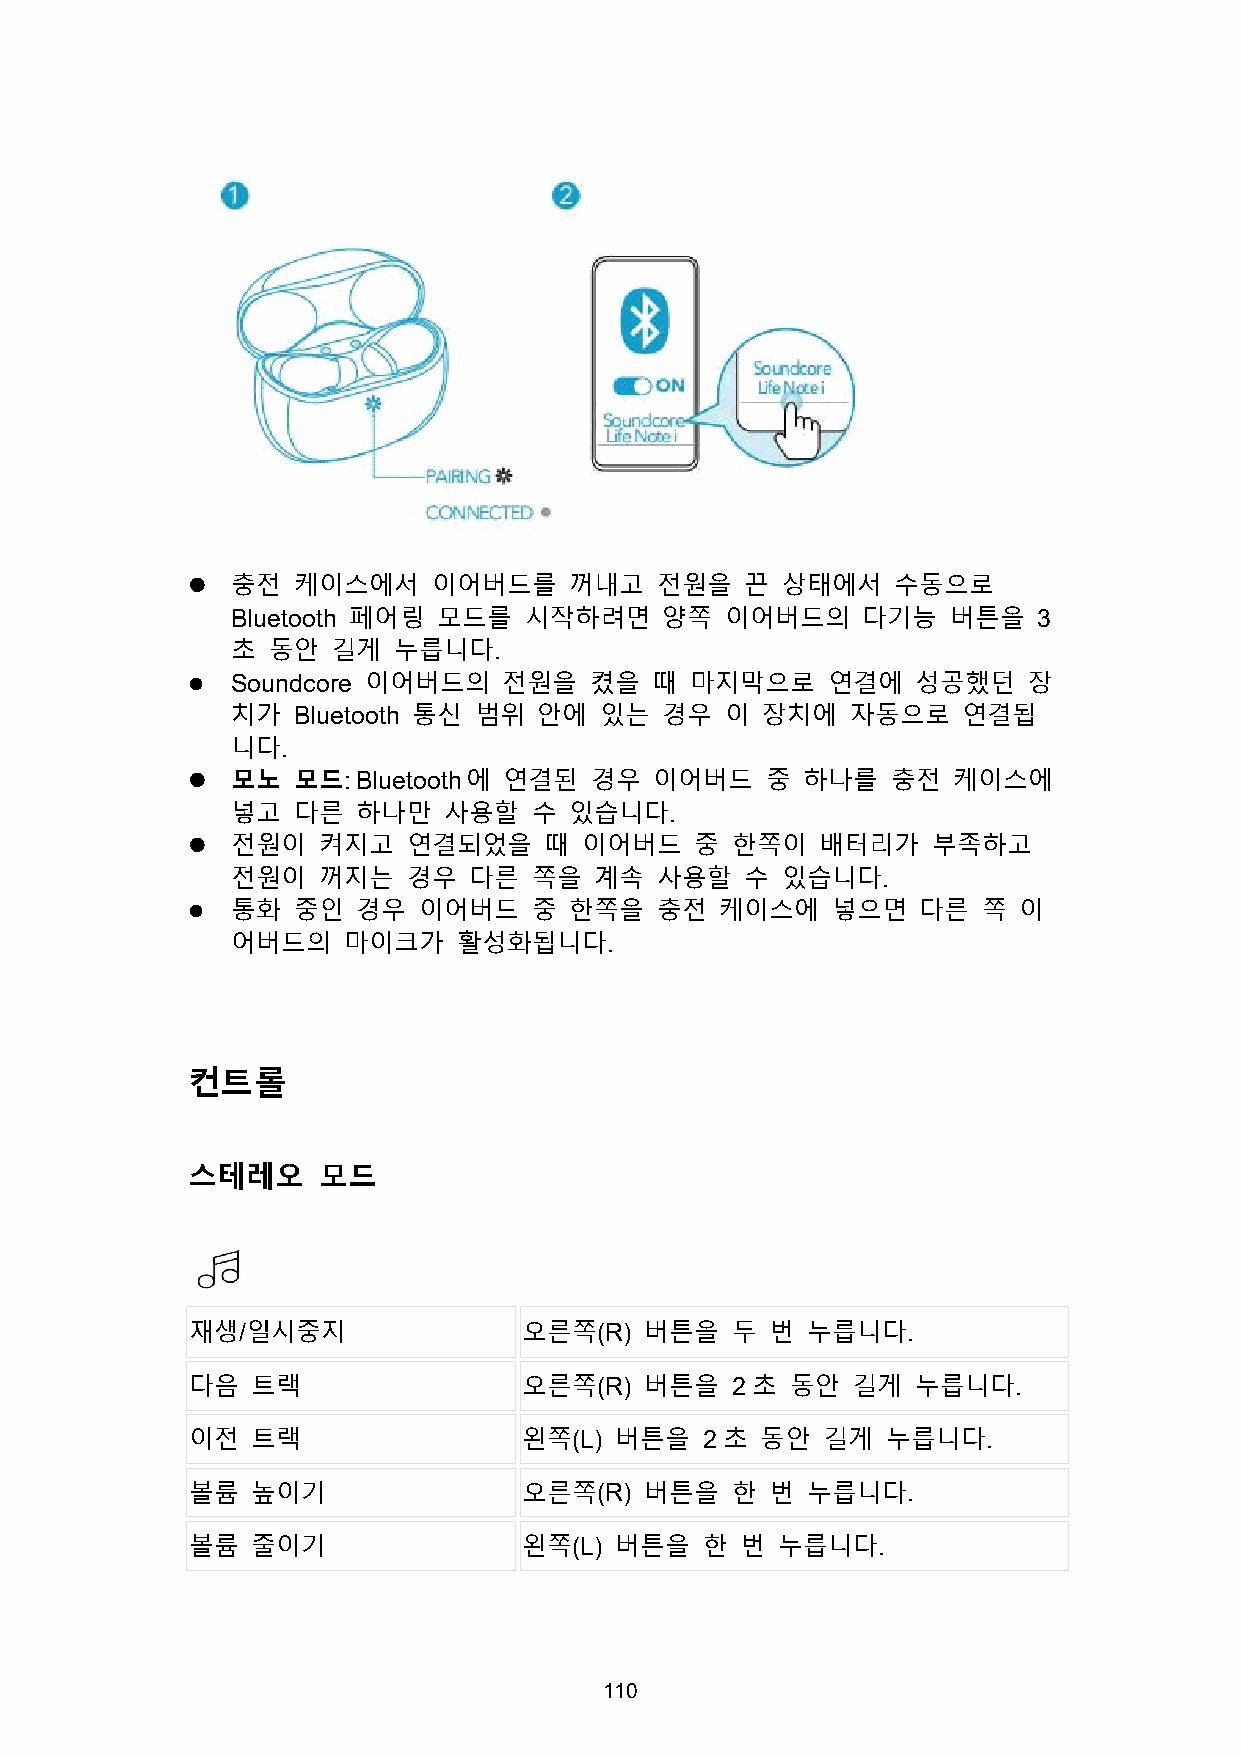
  충전  케이스에서     이어버드를    꺼내고  전원을   끈  상태에서   수동으로
 Bluetooth 페어링 모드를   시작하려면    양쪽  이어버드의    다기능   버튼을   3
 초  동안  길게  누릅니다.
   Soundcore 이어버드의   전원을   켰을  때  마지막으로    연결에   성공했던   장
 치가  Bluetooth 통신 범위  안에  있는  경우  이 장치에   자동으로    연결됩
 니다.
   모노  모드:Bluetooth에 연결된   경우  이어버드    중 하나를   충전  케이스에
 넣고  다른   하나만  사용할   수  있습니다.
   전원이   켜지고   연결되었을    때 이어버드    중 한쪽이   배터리가    부족하고
 전원이   꺼지는   경우  다른  쪽을  계속  사용할   수  있습니다.
   통화  중인   경우  이어버드   중  한쪽을  충전   케이스에   넣으면   다른  쪽 이
 어버드의    마이크가   활성화됩니다.
 컨트롤
 스테레오     모드
 재생/일시중지                오른쪽(R)  버튼을  두  번 누릅니다.
 다음   트랙                오른쪽(R)  버튼을  2 초 동안  길게   누릅니다.
 이전   트랙                왼쪽(L) 버튼을   2초 동안  길게   누릅니다.
 볼륨   높이기               오른쪽(R)  버튼을  한  번 누릅니다.
 볼륨   줄이기               왼쪽(L) 버튼을   한 번 누릅니다.
 110